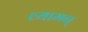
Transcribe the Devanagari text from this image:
व्यामन्